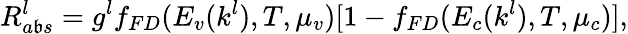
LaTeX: R_{a\mathfrak{b}s}^{l}=g^{l}f_{FD}(E_{v}(k^{l}),T,\mu_{v})[1-f_{FD}(E_{c}(k^{l}),T,\mu_{c})],